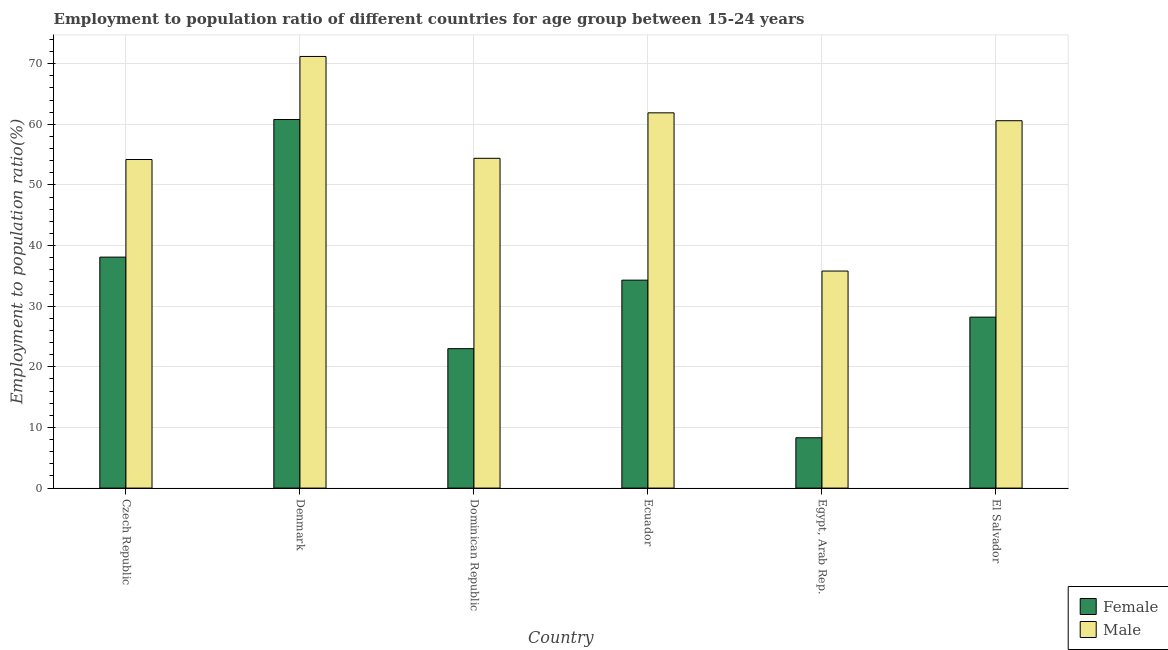
| Country | Female | Male |
 | --- | --- | --- |
 | Czech Republic | 38.1 | 54.2 |
 | Denmark | 60.8 | 71.2 |
 | Dominican Republic | 23 | 54.4 |
 | Ecuador | 34.3 | 61.9 |
 | Egypt, Arab Rep. | 8.3 | 35.8 |
 | El Salvador | 28.2 | 60.6 |